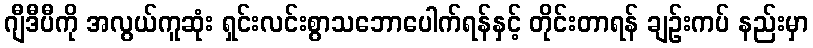
ဂျီဒီပီကို အလွယ်ကူဆုံး ရှင်းလင်းစွာသဘောပေါက်ရန်နှင့် တိုင်းတာရန် ချဉ်းကပ် နည်းမှာ